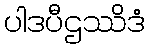
ပါဒပီဌဿိဒံ